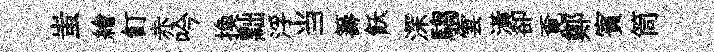
蚩繪飣赤吟换黜浮当籌飫深騶雲潢卻覔鄭賓筒